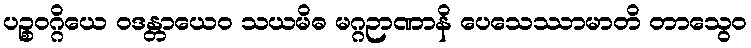
ပဉ္စဝဂ္ဂိယေ ဝဒန္တာယေဝ သယမိဓ မဂ္ဂဉာဏာနိ ပေသေဿာမာတိ တာသွေဝ